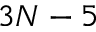
3 N - 5